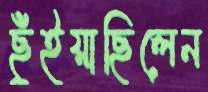
ছুঁইয়াছিলেন